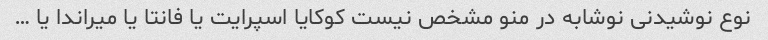
نوع نوشیدنی نوشابه در منو مشخص نیست کوکایا اسپرایت یا فانتا یا میراندا یا …